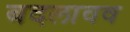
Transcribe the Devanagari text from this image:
बदलावव